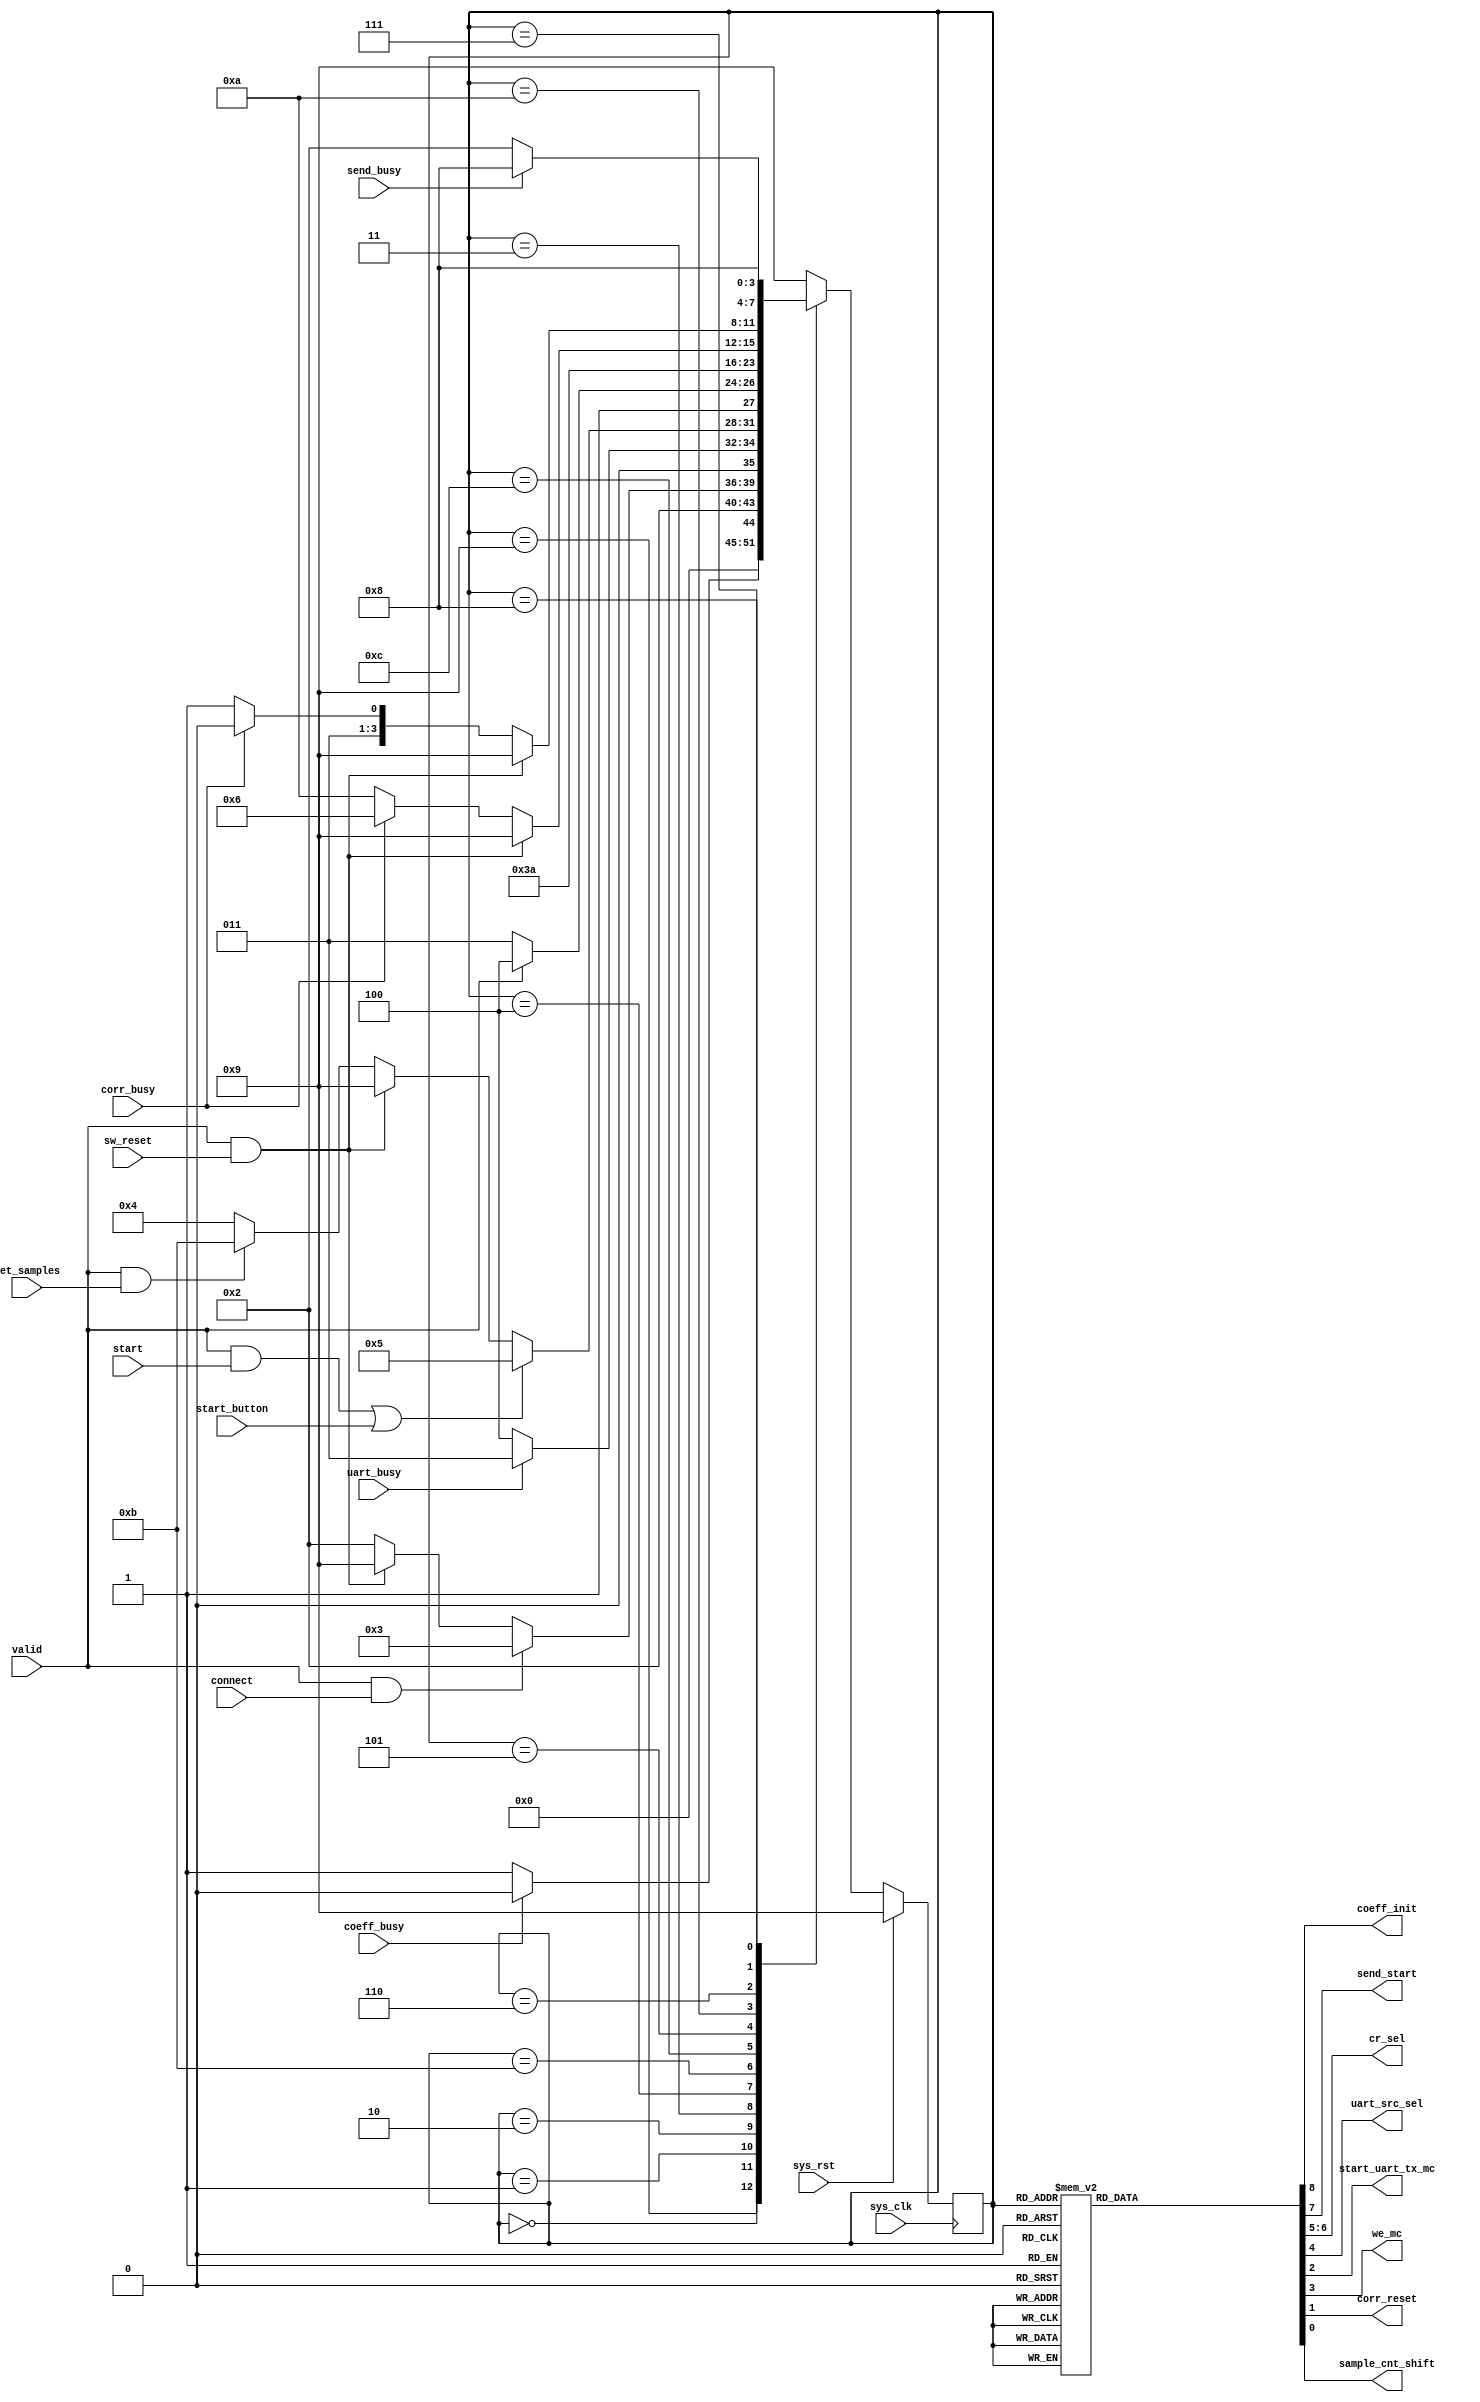
`timescale 1ns / 1ps
//////////////////////////////////////////////////////////////////////////////////
// Company: 
// 
// Design Name: 
// Module Name:    master_fsm 
// Project Name: 
// Target Devices: 
// Tool versions: 
// Description: 
//
// Dependencies: 
//
// Revision: 
// Revision 0.01 - File Created
// Additional Comments: 
//
//////////////////////////////////////////////////////////////////////////////////
module master_fsm(

    input sys_clk,
    input sys_rst,
    
        // from outside
    input start_button,
        // from decoder
    input start,
    input connect,
    input sw_reset,
    input set_samples,
        // from init_coeff
    input coeff_busy,
        // from send_results 
    input send_busy,
        // from uart 
    input uart_busy,
    input valid,
        // from Correlator
    input corr_busy,
    
        // to init_coeff
    output coeff_init,
        // to send_result
    output send_start,
        // to cr_muxes
    output [1:0] cr_sel,
        // uart_src_muxes
    output uart_src_sel,    
    output start_uart_tx_mc,
        // To write cr start stop clk_gen
    output we_mc,
        // To correlator
    output corr_reset,
    output sample_cnt_shift
);

    parameter   INIT_COEFF=0, INIT_CLK_GEN=1, WAIT_CONN=2, 
                CONN_ACK=3, WAIT_CORR=4, ELABORATION0=5, 
                ELABORATION1=6, SEND_RESULTS0=7, SEND_RESULTS1=8, 
                RESET_CORR=9, WAIT_CORR_BUSY=10, WAIT_SAMPLE_BYTE=11, SET_SAMPLES=12;

    reg [3:0] ns, cs;
    reg [8:0] moore_out;

    // Current State Refresh
    always @(posedge sys_clk)
        if (sys_rst)
            cs <= RESET_CORR;
        else
            cs <= ns;

    // Next State Logic
    always @*
        case (cs)
            RESET_CORR          :   ns = INIT_COEFF;
            
            INIT_COEFF          :   if (~coeff_busy)    
                                        ns = INIT_CLK_GEN;
                                    else
                                        ns = INIT_COEFF;
            
            INIT_CLK_GEN        :   ns = WAIT_CONN;
            
            WAIT_CONN           :   if (valid && connect)
                                        ns = CONN_ACK;
                                    else if (valid && sw_reset)
                                            ns = RESET_CORR;
                                        else
                                            ns = WAIT_CONN;
            
            CONN_ACK            :   if (uart_busy)
                                        ns = CONN_ACK;
                                    else
                                        ns = WAIT_CORR;
            
            WAIT_CORR           :   if ((valid && start) || start_button)
                                        ns = ELABORATION0;
                                    else if (valid && sw_reset)
                                            ns = RESET_CORR;
                                        else if (valid && set_samples)
                                                ns = WAIT_SAMPLE_BYTE;
                                            else
                                                ns = WAIT_CORR;
                            
            WAIT_SAMPLE_BYTE    :   if (valid)
                                        ns = SET_SAMPLES;
                                    else
                                        ns = WAIT_SAMPLE_BYTE;
            
            SET_SAMPLES         :   ns = CONN_ACK;
            
            ELABORATION0        :   ns = WAIT_CORR_BUSY;
                                            
            WAIT_CORR_BUSY      :   if (valid && sw_reset)
                                        ns = RESET_CORR;
                                    else if (corr_busy)
                                            ns = ELABORATION1;
                                        else
                                            ns = WAIT_CORR_BUSY;
            
            ELABORATION1        :   if (valid && sw_reset)
                                        ns = RESET_CORR;
                                    else if (corr_busy)
                                            ns = ELABORATION1;
                                        else
                                            ns = SEND_RESULTS0;
                                            
            SEND_RESULTS0       :   ns = SEND_RESULTS1;
            
            SEND_RESULTS1       :   if (send_busy)
                                        ns = SEND_RESULTS1;
                                    else
                                        ns = WAIT_CONN;
                
            default             :   ns = RESET_CORR;
        endcase
        
    // Moore Outputs
    assign {coeff_init, send_start, cr_sel, uart_src_sel, we_mc, start_uart_tx_mc, corr_reset, sample_cnt_shift} = moore_out;

    always @*
        case (cs)
            RESET_CORR          :   moore_out = 9'b1_0_00_0_0_0_1_0;
            INIT_COEFF          :   moore_out = 9'b1_0_00_0_0_0_0_0;
            INIT_CLK_GEN        :   moore_out = 9'b0_0_11_0_1_0_0_0;
            WAIT_CONN           :   moore_out = 9'b0_0_xx_0_0_0_0_0;
            CONN_ACK            :   moore_out = 9'b0_0_xx_0_0_1_0_0;
            WAIT_CORR           :   moore_out = 9'b0_0_xx_0_0_0_0_0;
            WAIT_SAMPLE_BYTE    :   moore_out = 9'b0_0_xx_0_0_0_0_0;
            SET_SAMPLES         :   moore_out = 9'b0_0_xx_0_0_0_0_1;
            ELABORATION0        :   moore_out = 9'b0_0_10_0_1_0_0_0;
            WAIT_CORR_BUSY      :   moore_out = 9'b0_0_xx_0_0_0_0_0;
            ELABORATION1        :   moore_out = 9'b0_0_xx_0_0_0_0_0;
            SEND_RESULTS0       :   moore_out = 9'b0_1_xx_1_0_0_0_0;
            SEND_RESULTS1       :   moore_out = 9'b0_0_xx_1_0_0_0_0;
            default             :   moore_out = 9'b1_0_00_0_0_0_1_0;
        endcase
        
endmodule